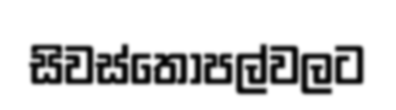
සිවස්තෝපල්වලට